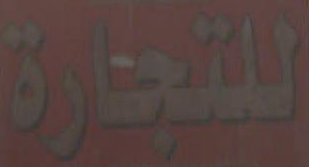
للتجارة